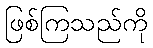
ဖြစ်ကြသည်ကို